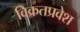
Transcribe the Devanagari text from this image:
विक्रतप्रवेश